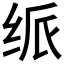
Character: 𬘦